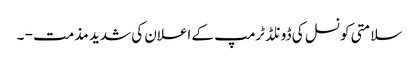
سلامتی کونسل کی ڈونلڈ ٹرمپ کے اعلان کی شدید مذمت - ۔